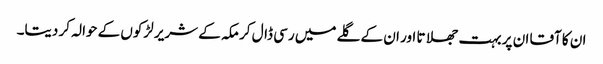
ان کا آقا ان پر بہت جھلاتا اور ان کے گلے میں رسی ڈال کر مکہ کے شریر لڑکوں کے حوالہ کر دیتا۔